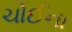
ચોઈના